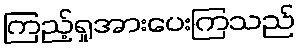
ကြည့်ရှုအားပေးကြသည်